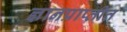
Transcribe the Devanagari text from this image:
ज्ञानप्राप्तीत